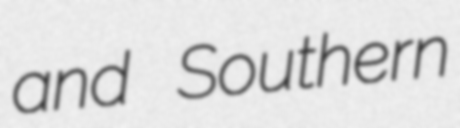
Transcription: and Southern